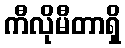
ကီလိုမီတာရှိ